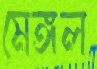
মেঙ্গল